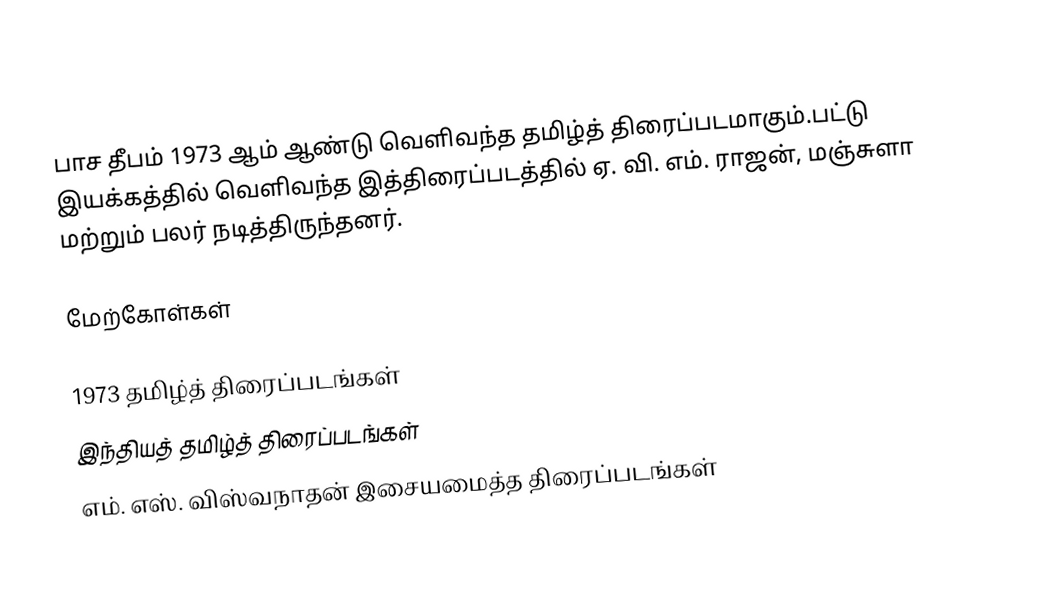
பாச தீபம் 1973 ஆம் ஆண்டு வெளிவந்த தமிழ்த் திரைப்படமாகும்.பட்டு இயக்கத்தில் வெளிவந்த இத்திரைப்படத்தில் ஏ. வி. எம். ராஜன், மஞ்சுளா மற்றும் பலர் நடித்திருந்தனர்.

மேற்கோள்கள்

1973 தமிழ்த் திரைப்படங்கள்
இந்தியத் தமிழ்த் திரைப்படங்கள்
எம். எஸ். விஸ்வநாதன் இசையமைத்த திரைப்படங்கள்